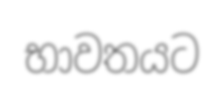
භාවතයට